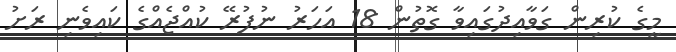
މީގެ ކުރިން ގަވާއިދުގައިވާ ގޮތުން 18 އަހަރު ނުފުރޭ ކުއްޖެއްގެ ކައިވެނި ރަށު